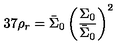
3 7 \rho _ { r } = \bar { \Sigma } _ { 0 } \left( \frac { \Sigma _ { 0 } } { \bar { \Sigma } _ { 0 } } \right) ^ { 2 }